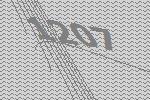
1207